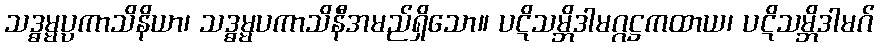
သဒ္ဓမ္မပ္ပကာသိနိယာ၊ သဒ္ဓမ္မပကာသိနီအမည်ရှိသော။ ပဋိသမ္ဘိဒါမဂ္ဂဋ္ဌကထာယ၊ ပဋိသမ္ဘိဒါမဂ်